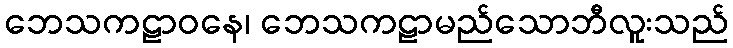
ဘေသကဠာဝနေ၊ ဘေသကဠာမည်သောဘီလူးသည်